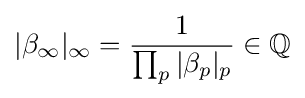
|\beta _{\infty }|_{\infty }={\frac {1}{\prod _{p}|\beta _{p}|_{p}}}\in \mathbb {Q}